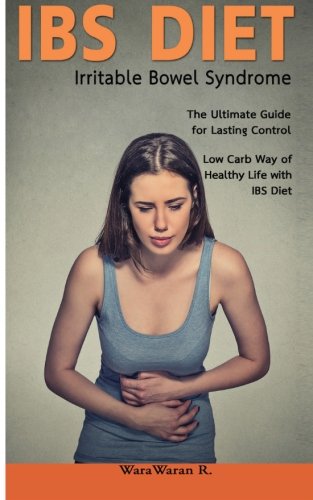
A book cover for IBS Diet Irritable Bowel Syndrome The Ultimate Guide for Lasting Control Low Carb Way of Healthy Life with IBS Diet; WaraWaran Roongruangsri; Health, Fitness & Dieting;